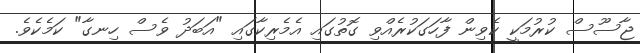
ޖާސޫސް ކުރުމަކީ ކެވިން ފާހަގަކުރެއްވި ގޮތުގައި އެމެރިކާގައި "އަބަދު ވެސް ހިނގާ" ކަމެކެވެ.